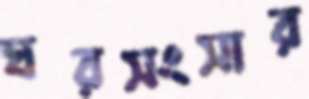
ঘরসংসার